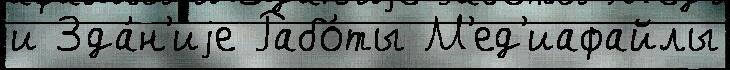
и Зда́н'иjе Рабо́ты М'ед'иафайлы